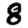
Digit: 8